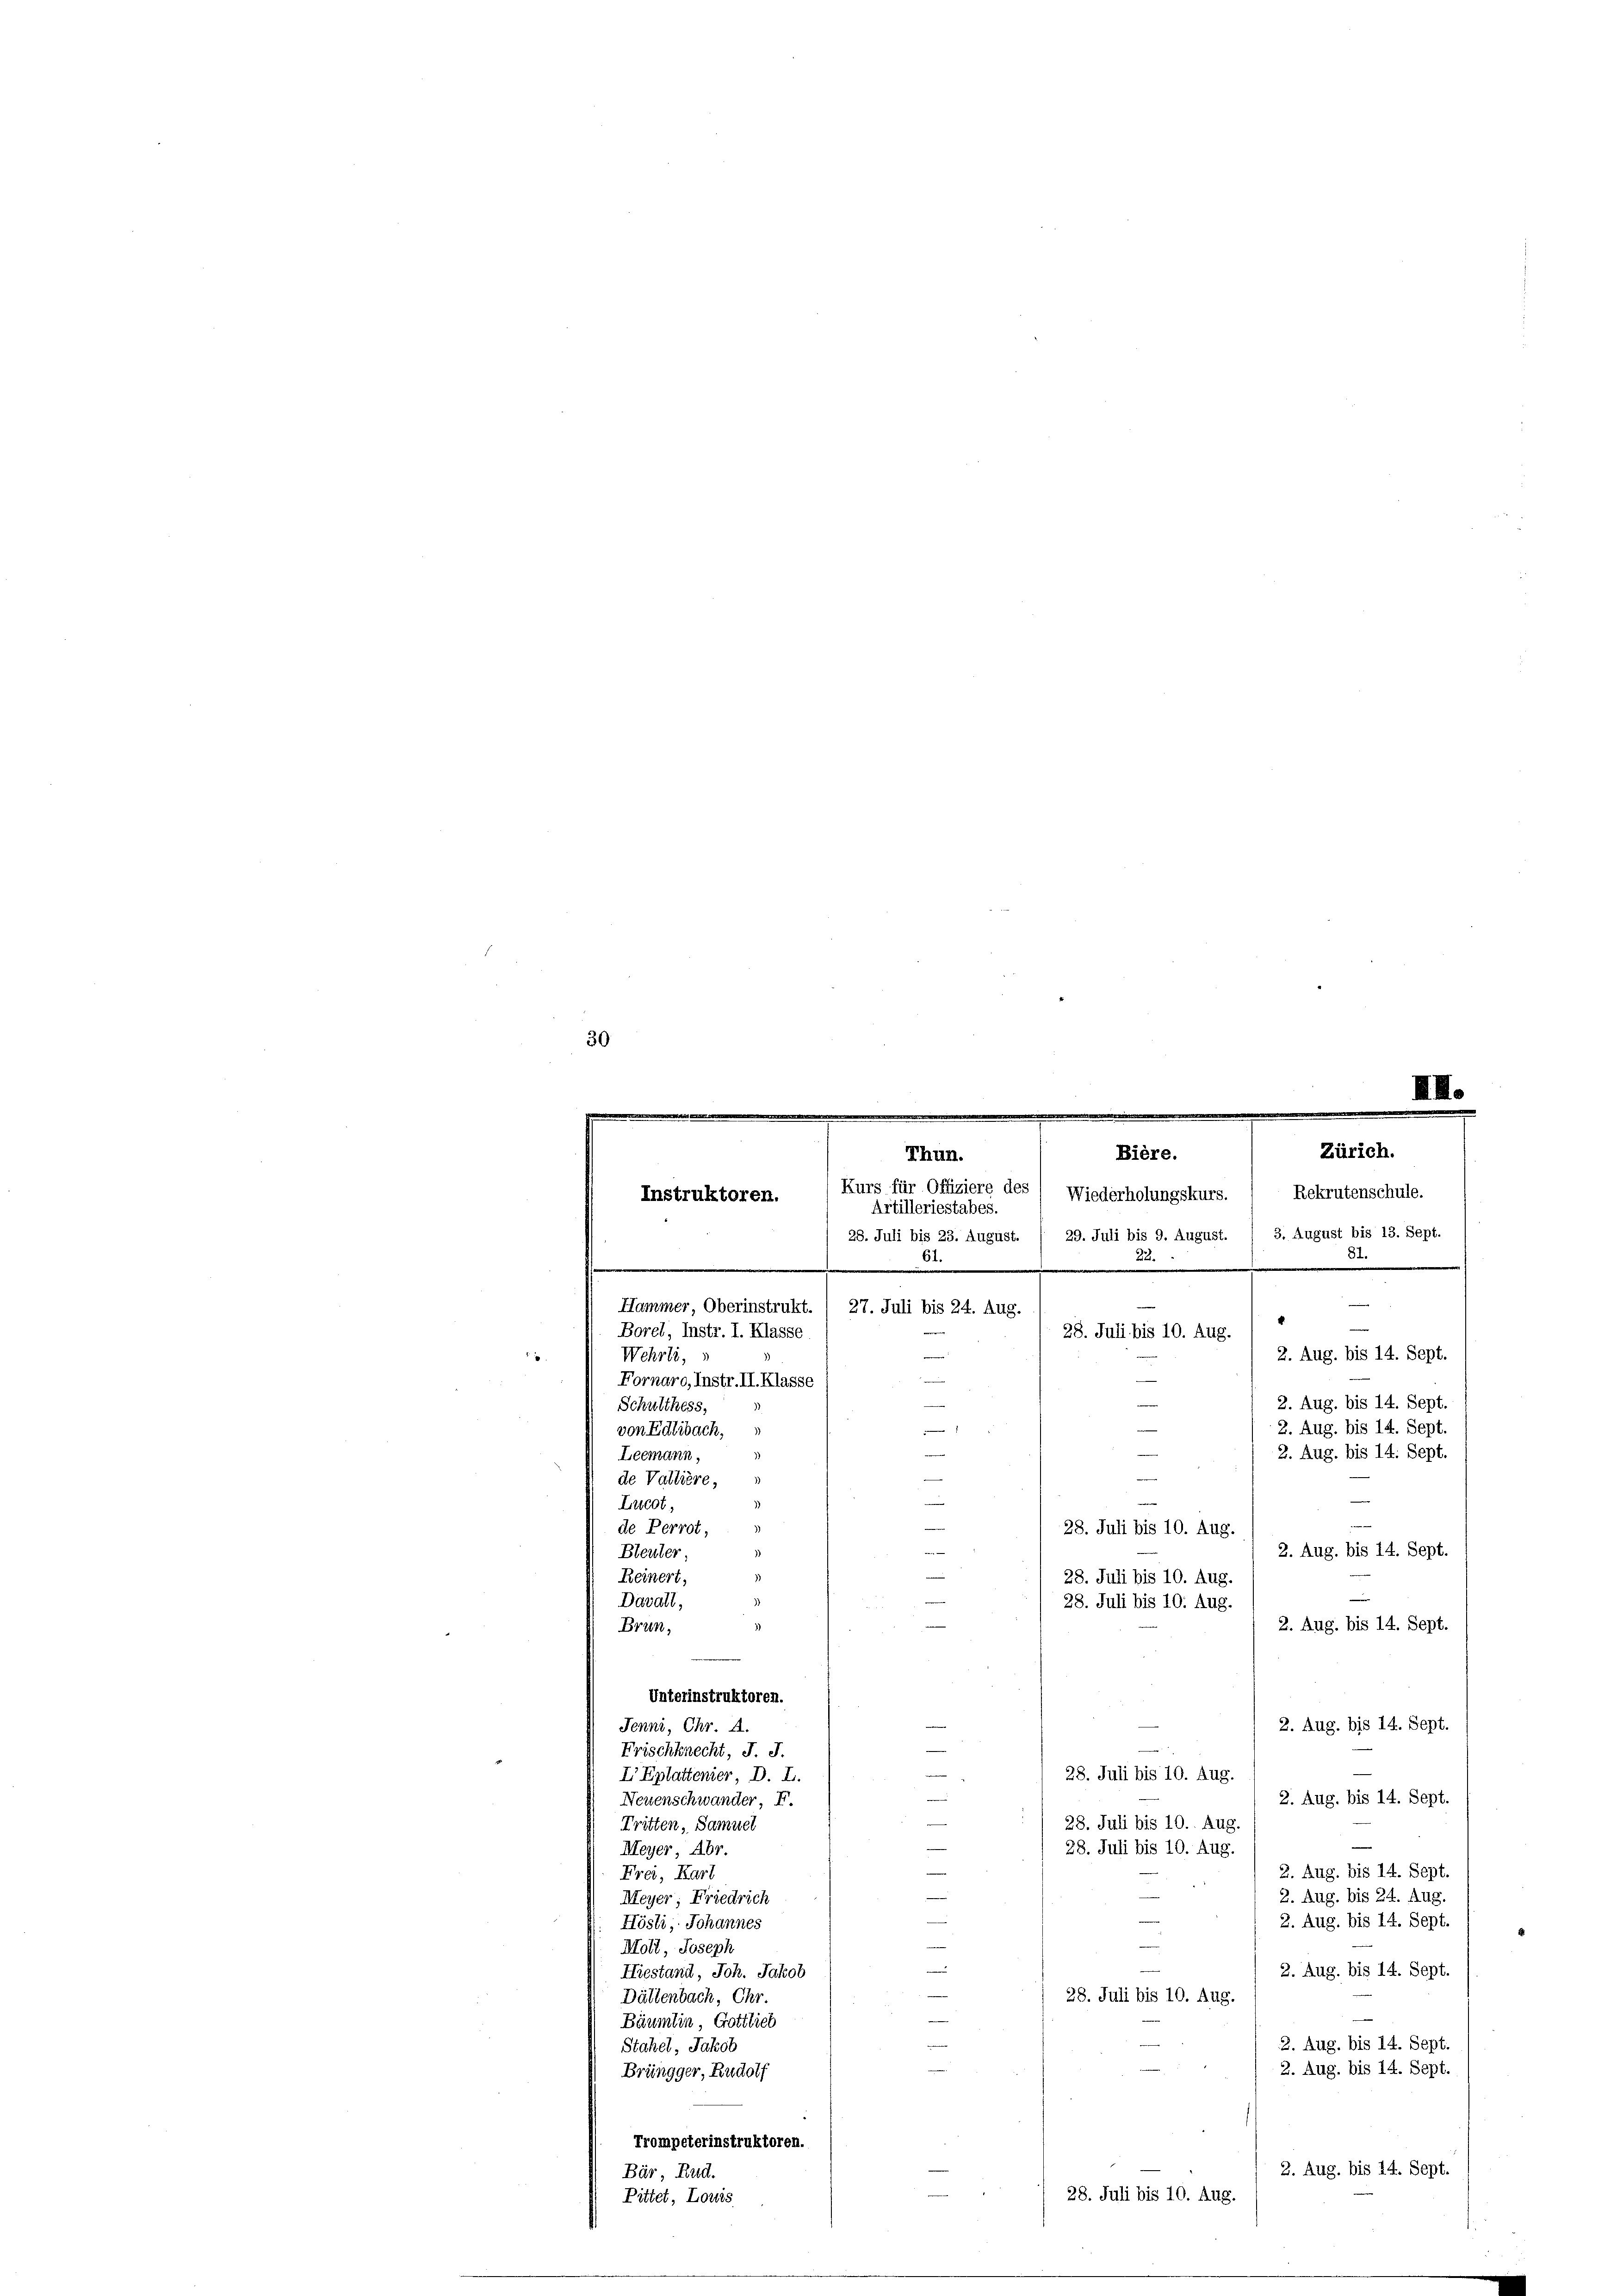
30
III.
e

Zürich.
Thun.
Bière.
Kurs für Offiziere des / Wiederholungskurs. " Rekrutenschule.
Instruktoren.
Artilleriestabes.
28. Juli bis 23. August. / 29. Juli bis 9. August. / 3. August bis 13. Sept

.
.
.
m
Hammer, Oberinstrukt. 1 27. Juli bis 24. Aug.
e
Borel, Instr. I. Klasse
28. Juli bis 10. Aug.
2. Aug. bis 14. Sept
Wehrli,
—
Fornaro, Instr. II. Klasse
2. Aug. bis 14. Sept.
Schulthess,
2. Aug. bis 14. Sept.
von Edlibach,
2. Aug. bis 14. Sept.
Leemann,
i
de Valtière,
d
.
s
—
Lucot,
de Perrot,
28. Juli bis 10. Aug.
2. Aug. bis 14. Sept.
Bleuter
Reinert,
28. Juli bis 10. Aug.
Davall,
28. Juli bis 10. Aug.
2. Aug. bis 14. Sept.
Brun¬
Unterinstruktoren.
2. Aug. bis 14. Sept.
Jenni, Chr. A.
Frischknecht, J. J.
28. Juli bis 10. Aug.
I Eplattenier, D. L.
2. Aug. bis 14. Sept.
Neuenschwander, F.
e
28. Juli bis 10. Aug.
Tritten, Samuel
28. Juli bis 10. Aug.
Meyer, Abr.
2. Aug. bis 14. Sept.
Frei, Kart
2. Aug. bis 24. Aug.
Meyer, Friedrich
2. Aug. bis 14. Sept.
Hösli, Johannes
Moll, Joseph
2. Aug. bis 14. Sept.
Hiestand, Joh. Jakob
28. Juli bis 10. Aug.
Dättenbach, Chr.
u
Bäumlin, Gottlich
2. Aug. bis 14. Sept.
Stahel, Jakob
2. Aug. bis 14. Sept.
Brüngger, Rudolf
Trompeterinstruktoren.
2. Aug. bis 14. Sept.
Bär, Rud.
28. Juli bis 10. Aug.
Pittet, Lowis